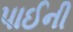
પાઈની